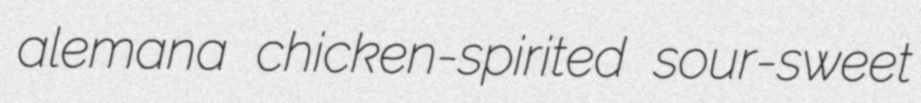
alemana chicken-spirited sour-sweet